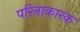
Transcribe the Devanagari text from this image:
परिनाकारक